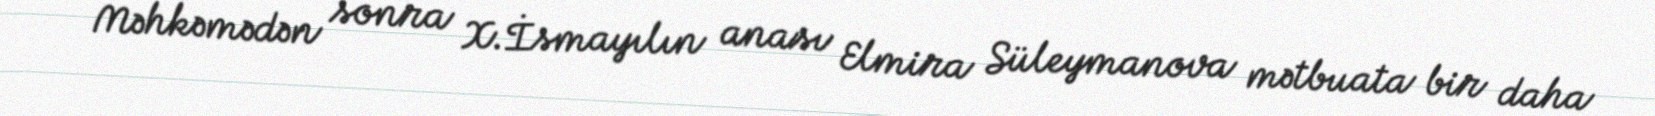
Məhkəmədən sonra X.İsmayılın anası Elmira Süleymanova mətbuata bir daha